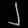
Digit: ၂